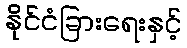
နိုင်ငံခြားရေးနှင့်